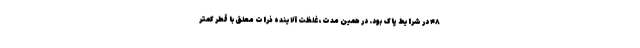
۴۸ در شرایط پاک بود. در همین مدت، غلظت آلاینده ذرات معلق با قطر کمتر